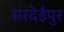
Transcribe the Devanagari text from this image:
सरदेईपुर